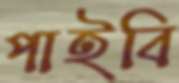
পাইবি